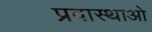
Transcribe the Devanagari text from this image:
प्रवास्थाओ